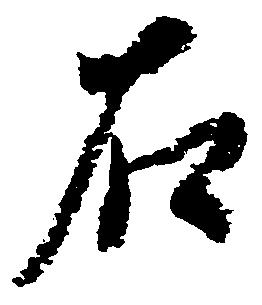
右